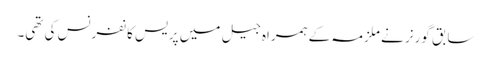
سابق گورنر نے ملزمہ کے ہمراہ جیل میں پریس کانفرنس کی تھی۔